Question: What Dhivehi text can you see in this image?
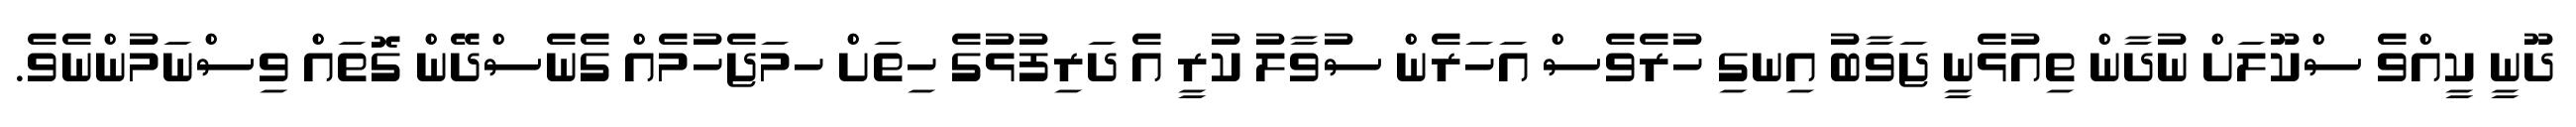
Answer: ދޫނީ ކީއްވެ ސްކޫލަށް ނުދާން ތިއުޅެނީ ޖަވާބު އިނގި ހުރެވެސް އަހަރެން ސުވާލު ކުރީ އެ ދަރިފުޅުގެ ހިތަށް ހމަޖެހުމެއް ގެނެސްދޭން ގޮތައް ވިސްނަމުންނެވެ.